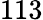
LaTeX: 113